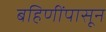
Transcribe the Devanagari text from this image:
बहिणींपासून